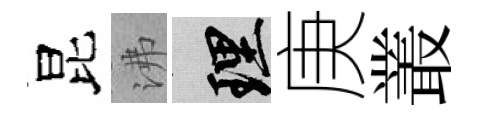
昆沸理庚叢